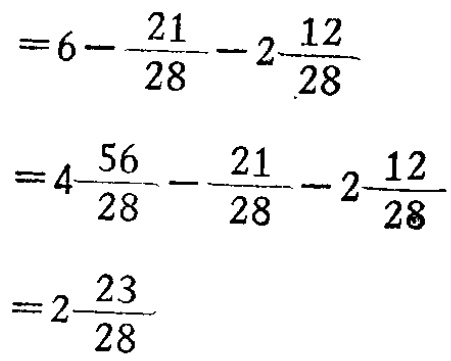
\[

\begin{align*}

&=6 - \frac{21}{28}-2\frac{12}{28}\\

&=4\frac{56}{28}-\frac{21}{28}-2\frac{12}{28}\\

&=2\frac{23}{28}

\end{align*}

\]